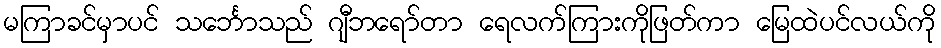
မကြာခင်မှာပင် သင်္ဘောသည် ဂျီဘရော်တာ ရေလက်ကြားကိုဖြတ်ကာ မြေထဲပင်လယ်ကို